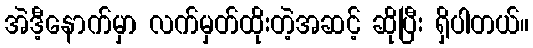
အဲဒီ့နောက်မှာ လက်မှတ်ထိုးတဲ့အဆင့် ဆိုပြီး ရှိပါတယ်။